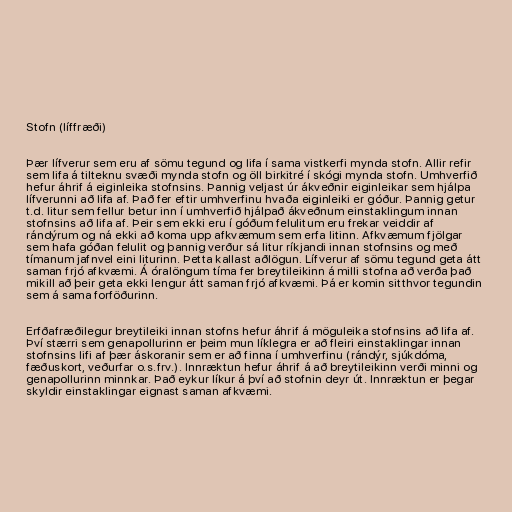
Stofn (líffræði)

Þær lífverur sem eru af sömu tegund og lifa í sama vistkerfi mynda stofn. Allir refir
sem lifa á tilteknu svæði mynda stofn og öll birkitré í skógi mynda stofn. Umhverfið
hefur áhrif á eiginleika stofnsins. Þannig veljast úr ákveðnir eiginleikar sem hjálpa
lífverunni að lifa af. Það fer eftir umhverfinu hvaða eiginleiki er góður. Þannig getur
t.d. litur sem fellur betur inn í umhverfið hjálpað ákveðnum einstaklingum innan
stofnsins að lifa af. Þeir sem ekki eru í góðum felulitum eru frekar veiddir af
rándýrum og ná ekki að koma upp afkvæmum sem erfa litinn. Afkvæmum fjölgar
sem hafa góðan felulit og þannig verður sá litur ríkjandi innan stofnsins og með
tímanum jafnvel eini liturinn. Þetta kallast aðlögun. Lífverur af sömu tegund geta átt
saman frjó afkvæmi. Á óralöngum tíma fer breytileikinn á milli stofna að verða það
mikill að þeir geta ekki lengur átt saman frjó afkvæmi. Þá er komin sitthvor tegundin
sem á sama forföðurinn.

Erfðafræðilegur breytileiki innan stofns hefur áhrif á möguleika stofnsins að lifa af.
Því stærri sem genapollurinn er þeim mun líklegra er að fleiri einstaklingar innan
stofnsins lifi af þær áskoranir sem er að finna í umhverfinu (rándýr, sjúkdóma,
fæðuskort, veðurfar o.s.frv.). Innræktun hefur áhrif á að breytileikinn verði minni og
genapollurinn minnkar. Það eykur líkur á því að stofnin deyr út. Innræktun er þegar
skyldir einstaklingar eignast saman afkvæmi.